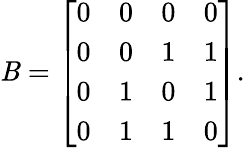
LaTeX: \mathit{B}=\left[\begin{array}{cccc}{{0}}&{{0}}&{{0}}&{{0}}\\ {{0}}&{{0}}&{{1}}&{{1}}\\ {{0}}&{{1}}&{{0}}&{{1}}\\ {{0}}&{{1}}&{{1}}&{{0}}\end{array}\right].